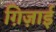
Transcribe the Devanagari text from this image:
ग़िज़ाई